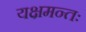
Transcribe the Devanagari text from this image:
यक्षमन्तः